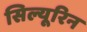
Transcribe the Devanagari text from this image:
सिल्यूरिन